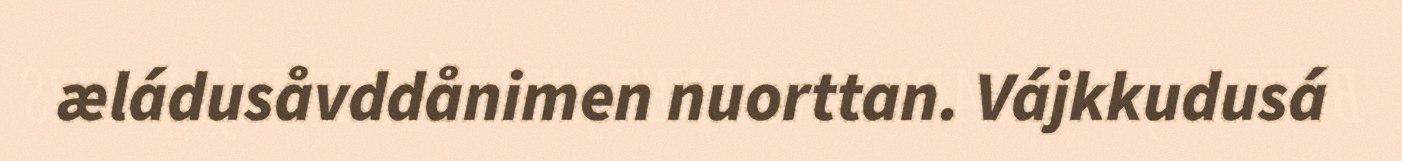
æládusåvddånimen nuorttan. Vájkkudusá